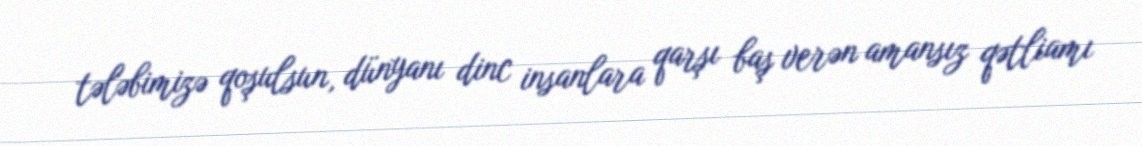
tələbimizə qoşulsun, dünyanı dinc insanlara qarşı baş verən amansız qətliamı